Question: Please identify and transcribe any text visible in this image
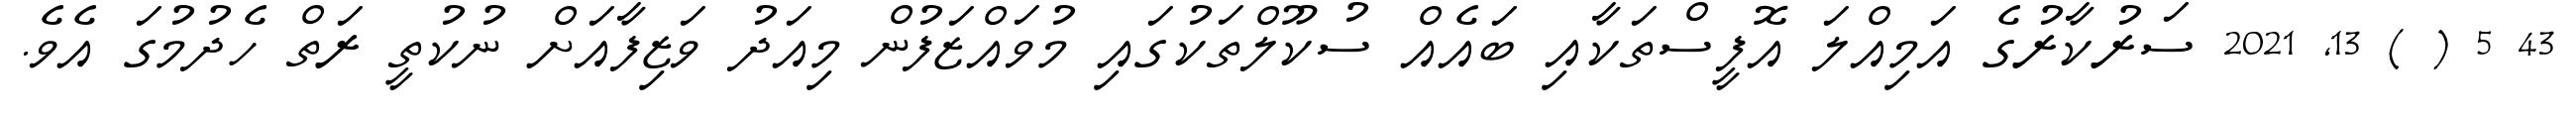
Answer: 43 5 ( ) 13, 2021 ސަރުކާރުގެ އަމިއްލަ އޮފީސްތަކާއި ބައެއް ސުކޫލްތަކުގައި މުވައްޒަފުން މިއަދު ވަޒިފާއަށް ނުކުތީ ރަތް ހެދުމުގަ އެވެ.